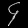
Digit: ၄